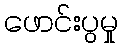
ဖောင်းပွမှု